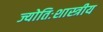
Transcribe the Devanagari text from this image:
ज्योतिःशास्त्रीय